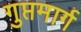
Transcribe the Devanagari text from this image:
गुप्तमार्ग